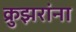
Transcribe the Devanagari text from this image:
क्रुझरांना